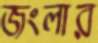
জংলার